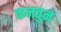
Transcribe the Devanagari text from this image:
कनबुन